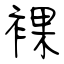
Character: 裸